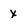
Character: x